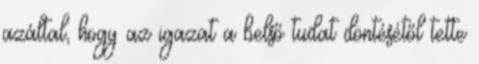
azáltal, hogy az igazat a belső tudat döntésétől tette